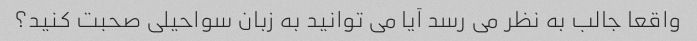
واقعا جالب به نظر می رسد آیا می توانید به زبان سواحیلی صحبت کنید؟